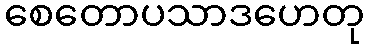
စေတောပသာဒဟေတု